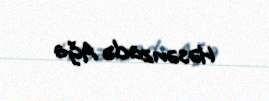
Həsənzadə Ağa